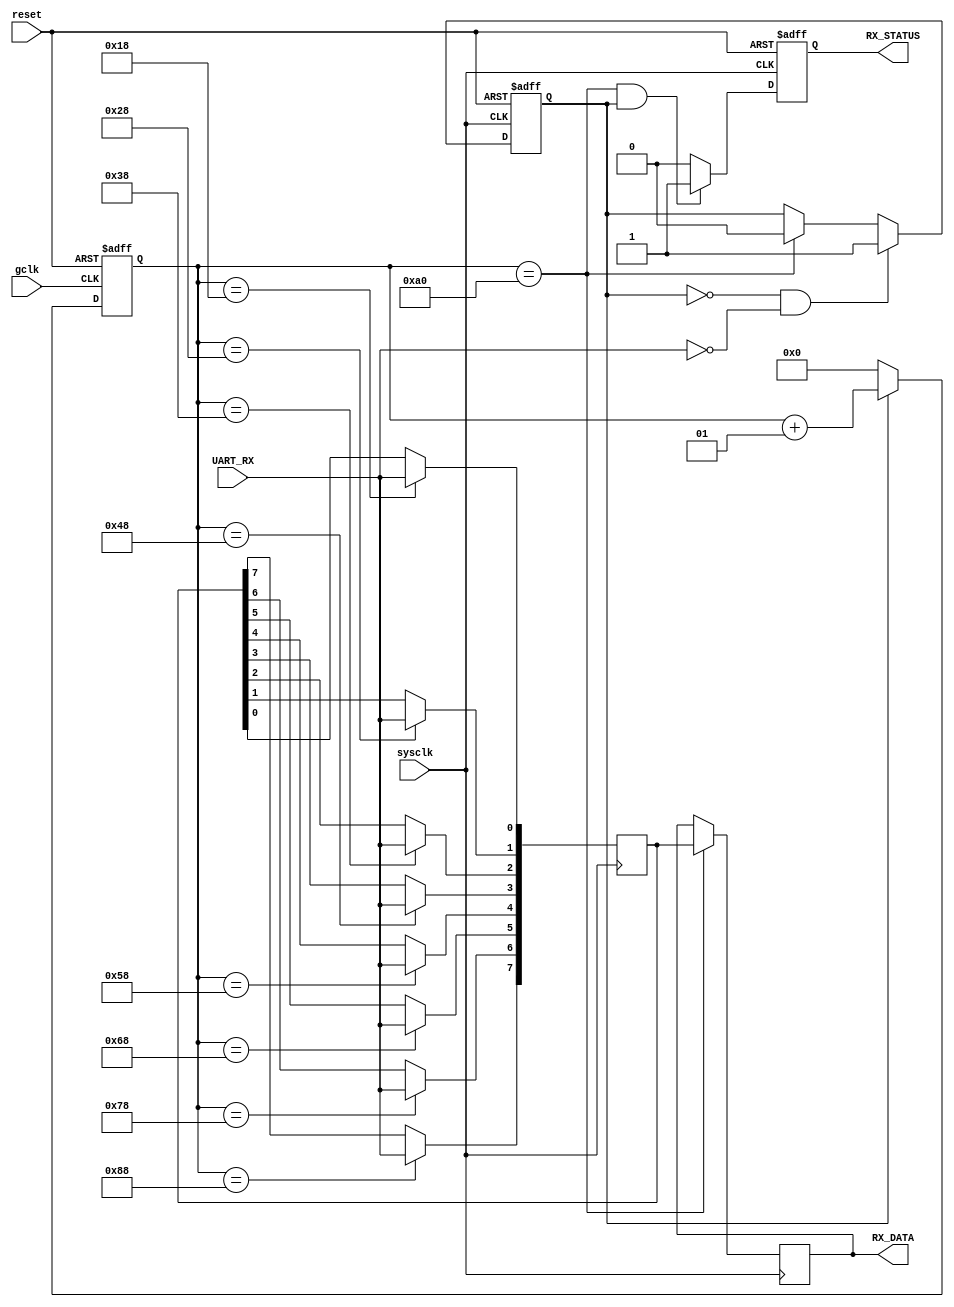
module UART_Receiver(RX_STATUS,RX_DATA,sysclk,gclk,UART_RX,reset);
output reg RX_STATUS;
output reg[7:0]RX_DATA;
input sysclk,gclk,UART_RX,reset;
 integer count;//
 reg start;
reg [7:0]DATA;//
always@(posedge sysclk or negedge reset)
 if(~reset)
   RX_STATUS<=0;
 else if(count==32'd160 && start)
   RX_STATUS<=1;
 else 
   RX_STATUS<=0;
always @(posedge gclk or negedge reset)
  if(~reset)
    count<=0;
  else if(~start)
    count<=0;
  else
    count<=count+1;
always@(posedge sysclk or negedge reset)
 if(~reset)
    start<=0;
 else if(~start&&UART_RX==0)
    start<=1;
 else if(count==32'd160)
    start<=0;
always@(posedge sysclk)
    case(count)
    24:DATA[0]<=UART_RX;
    40:DATA[1]<=UART_RX;
    56:DATA[2]<=UART_RX;
    72:DATA[3]<=UART_RX;
    88:DATA[4]<=UART_RX;
    104:DATA[5]<=UART_RX;
    120:DATA[6]<=UART_RX;
    136:DATA[7]<=UART_RX;
    endcase
always@(posedge sysclk)
    if(count==32'd160)
    RX_DATA<=DATA;
    
endmodule